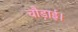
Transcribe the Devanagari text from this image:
चौड़ाई।